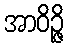
အာဝိဉ္ဇိ